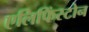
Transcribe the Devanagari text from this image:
एलिफिंस्टोन